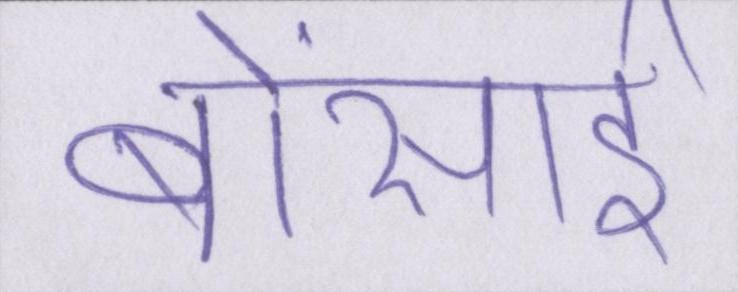
बोंसाई